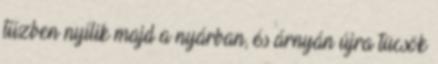
tűzben nyílik majd a nyárban, és árnyán újra tücsök